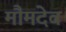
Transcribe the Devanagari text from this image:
मौमदेव